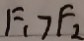
F _ { 1 } > F _ { 2 }